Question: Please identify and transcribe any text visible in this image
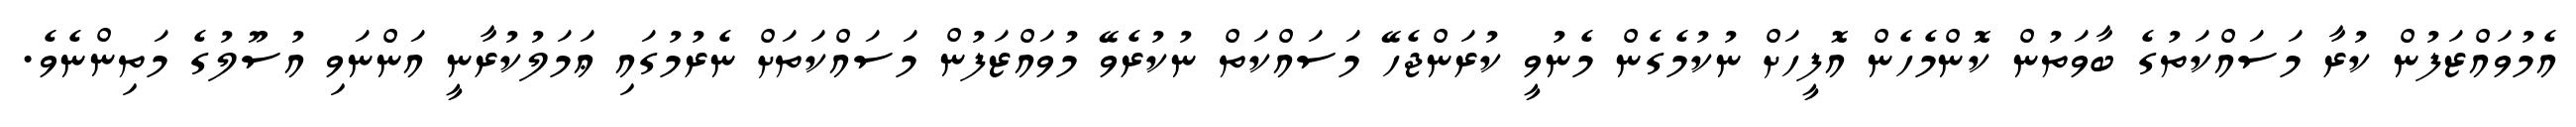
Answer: އެމުވައްޒަފުން ކުރާ މަސައްކަތުގެ ބާވަތުން ކޮންމެހެން އޮފީހަށް ނުކުމެގެން މެނުވީ ކުރަންޖެހޭ މަސައްކަތް ނުކުރެވޭ މުވައްޒަފުން މަސައްކަތަށް ނެރުމުގައި ޢަމަލުކުރާނީ އަންނަވި އުސޫލުގެ މަތިންނެވެ.